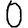
Digit: 0